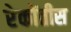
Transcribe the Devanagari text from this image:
रेकोंतीस